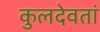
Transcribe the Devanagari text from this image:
कुलदेवतां